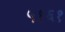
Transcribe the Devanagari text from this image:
५१६१